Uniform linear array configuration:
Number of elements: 8
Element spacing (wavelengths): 0.5
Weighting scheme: binomial
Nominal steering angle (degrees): -15
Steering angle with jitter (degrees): -13.749
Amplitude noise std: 0.05
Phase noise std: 0.05

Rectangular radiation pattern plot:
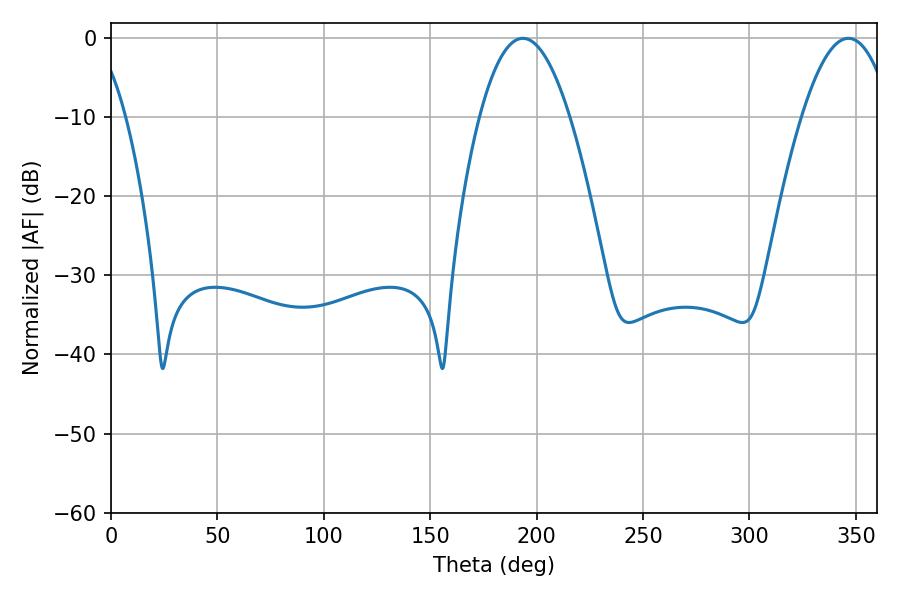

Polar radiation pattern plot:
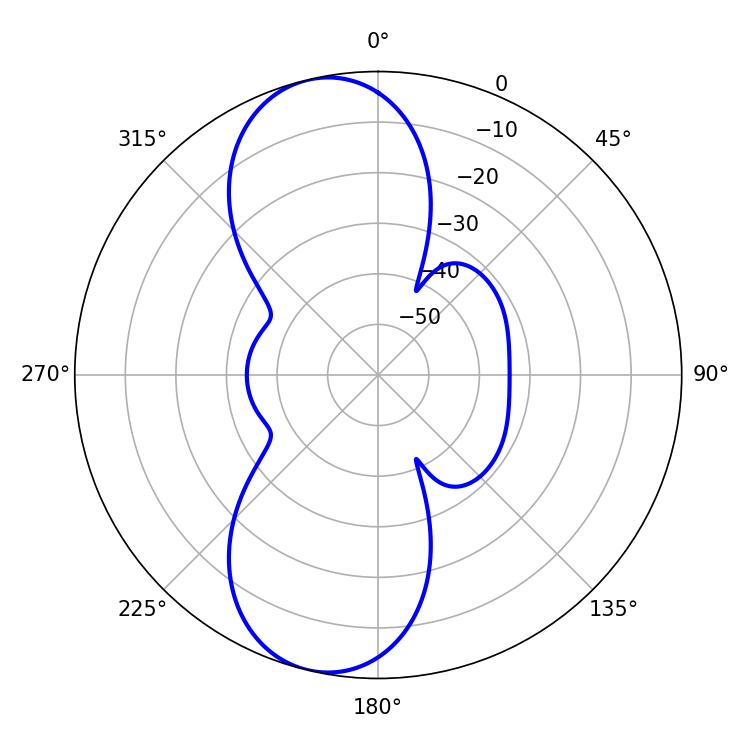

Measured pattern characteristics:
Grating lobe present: FALSE
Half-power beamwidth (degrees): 23.22
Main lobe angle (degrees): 193.5